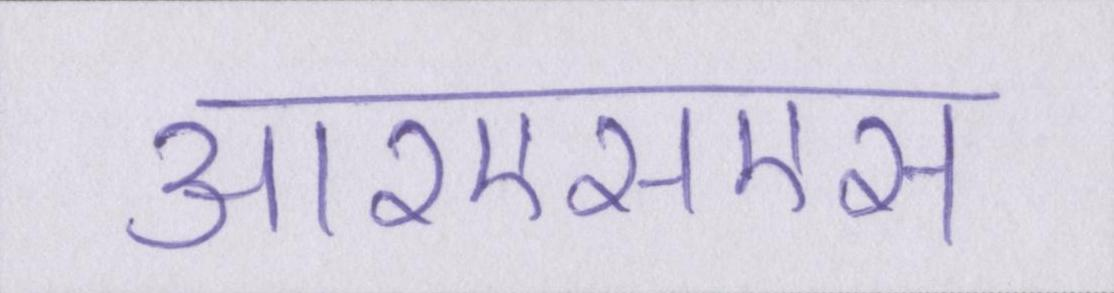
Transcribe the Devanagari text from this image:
आरएसएस